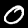
Digit: 0